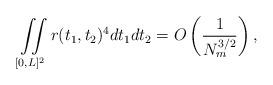
LaTeX: \begin{align*}\iint\limits_{[0,L]^{2}}r(t_{1},t_{2})^{4}dt_{1}dt_{2} = O\left( \frac{1}{N_{m}^{3/2} }\right),\end{align*}